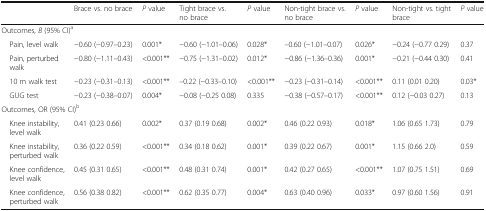
<table><thead><tr><td></td><td><b>Brace vs. no brace</b></td><td><b><i>P</i> value</b></td><td><b>Tight brace vs. no brace</b></td><td><b><i>P</i> value</b></td><td><b>Non-tight brace vs. no brace</b></td><td><b><i>P</i> value</b></td><td><b>Non-tight vs. tight brace</b></td><td><b><i>P</i> value</b></td></tr></thead><tbody><tr><td colspan="9">Outcomes, <i>B</i> (95% CI)<sup>a</sup></td></tr><tr><td> Pain, level walk</td><td>−0.60 (−0.97–0.23)</td><td>0.001*</td><td>−0.60 (−1.01–0.06)</td><td>0.028*</td><td>–0.60 (−1.01–0.07)</td><td>0.026*</td><td>−0.24 (−0.77 0.29)</td><td>0.37</td></tr><tr><td> Pain, perturbed walk</td><td>−0.80 (−1.11–0.43)</td><td>&lt;0.001**</td><td>−0.75 (−1.31–0.02)</td><td>0.012*</td><td>−0.86 (−1.36–0.36)</td><td>0.001*</td><td>−0.21 (−0.44 0.30)</td><td>0.41</td></tr><tr><td> 10 m walk test</td><td>−0.23 (−0.31–0.13)</td><td>&lt;0.001**</td><td>–0.22 (−0.33–0.10)</td><td>&lt;0.001**</td><td>−0.23 (−0.31–0.14)</td><td>&lt;0.001**</td><td>0.11 (0.01 0.20)</td><td>0.03*</td></tr><tr><td> GUG test</td><td>−0.23 (−0.38–0.07)</td><td>0.004*</td><td>−0.08 (−0.25 0.08)</td><td>0.335</td><td>−0.38 (−0.57–0.17)</td><td>&lt;0.001**</td><td>0.12 (−0.03 0.27)</td><td>0.13</td></tr><tr><td colspan="9">Outcomes, OR (95% CI)<sup>b</sup></td></tr><tr><td> Knee instability, level walk</td><td>0.41 (0.23 0.66)</td><td>0.002*</td><td>0.37 (0.19 0.68)</td><td>0.002*</td><td>0.46 (0.22 0.93)</td><td>0.018*</td><td>1.06 (0.65 1.73)</td><td>0.79</td></tr><tr><td> Knee instability, perturbed walk</td><td>0.36 (0.22 0.59)</td><td>&lt;0.001**</td><td>0.34 (0.18 0.62)</td><td>0.001*</td><td>0.39 (0.22 0.67)</td><td>0.001*</td><td>1.15 (0.66 2.0)</td><td>0.59</td></tr><tr><td> Knee confidence, level walk</td><td>0.45 (0.31 0.65)</td><td>&lt;0.001**</td><td>0.48 (0.31 0.74)</td><td>0.001*</td><td>0.42 (0.27 0.65)</td><td>&lt;0.001**</td><td>1.07 (0.75 1.51)</td><td>0.69</td></tr><tr><td> Knee confidence, perturbed walk</td><td>0.56 (0.38 0.82)</td><td>&lt;0.001**</td><td>0.62 (0.35 0.77)</td><td>0.004*</td><td>0.63 (0.40 0.96)</td><td>0.033*</td><td>0.97 (0.60 1.56)</td><td>0.91</td></tr></tbody></table>